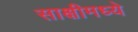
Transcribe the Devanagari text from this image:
साक्षीमध्ये